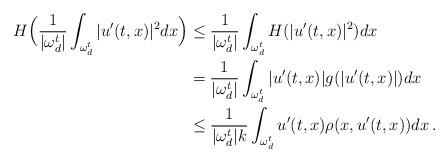
LaTeX: \begin{align*}H\Big(\frac{1}{|\omega_d^t|} \int_{\omega_d^t} |u'(t,x)|^2 dx\Big)& \leq \frac{1}{|\omega_d^t|} \int_{\omega_d^t} H (|u'(t,x)|^2)dx \\&=\frac{1}{|\omega_d^t|} \int_{\omega_d^t} |u'(t,x)|g(|u'(t,x)|)dx \\&\leq \frac{1}{|\omega_d^t|k} \int_{\omega_d^t} u'(t,x) \rho(x,u'(t,x))dx \,.\end{align*}